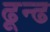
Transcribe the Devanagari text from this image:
ढून्ढ